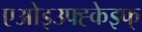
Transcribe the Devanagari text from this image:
एओइउफ्ह्केझ्फ्